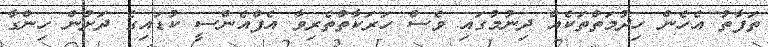
ތަފާތު އެހެން ހިދުމަތްތަކެއް ދިނުމުގައި ވެސް ހަރަކާތްތެރިވާ އެފްއެންސީ ކުޑައިގެ ދަށުން ހިންގާ